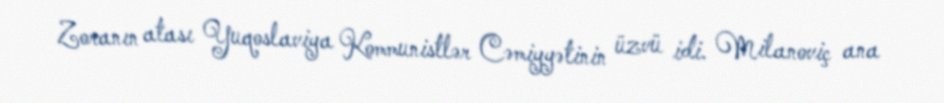
Zoranın atası Yuqoslaviya Kommunistlər Cəmiyyətinin üzvü idi. Milanoviç ana